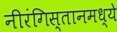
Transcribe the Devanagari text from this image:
नीरंगिस्तानमध्ये